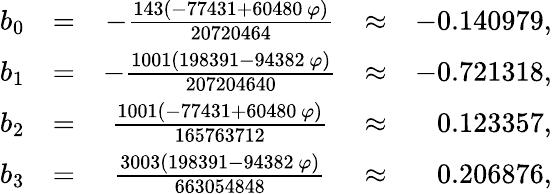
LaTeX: \begin{array}{r}{\begin{array}{ccccr}{b_{0}}&{=}&{-\frac{143(-77431+60480\, \varphi)}{20720464}}&{\approx}&{-0.140979,}\\ {b_{1}}&{=}&{-\frac{1001(198391-94382\, \varphi)}{207204640}}&{\approx}&{-0.721318,}\\ {b_{2}}&{=}&{\frac{1001(-77431+60480\, \varphi)}{165763712}}&{\approx}&{0.123357,}\\ {b_{3}}&{=}&{\frac{3003(198391-94382\, \varphi)}{663054848}}&{\approx}&{0.206876,}\end{array}}\end{array}